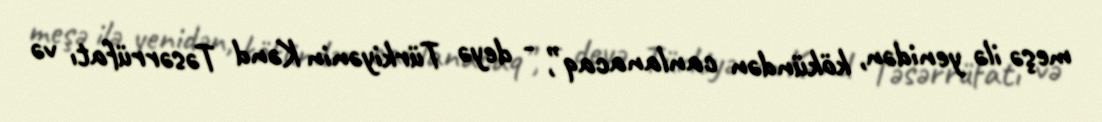
meşə ilə yenidən, kökündən canlanacaq”, - deyə Türkiyənin Kənd Təsərrüfatı və